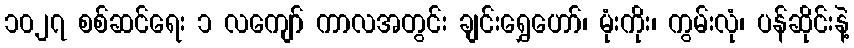
၁၀၂၇ စစ်ဆင်ရေး ၁ လကျော် ကာလအတွင်း ချင်းရွှေဟော်၊ မုံးကိုး၊ ကွမ်းလုံ၊ ပန်ဆိုင်းနဲ့